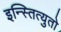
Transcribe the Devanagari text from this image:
इन्स्तित्युतो